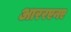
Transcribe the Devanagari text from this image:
आररएनए